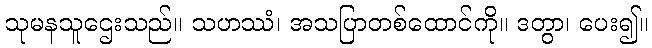
သုမနသူဌေးသည်။ သဟဿံ၊ အသပြာတစ်ထောင်ကို။ ဒတွာ၊ ပေး၍။